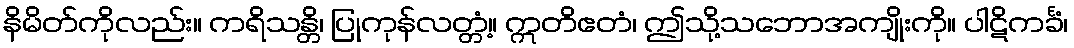
နိမိတ်ကိုလည်း။ ကရိသန္တိ၊ ပြုကုန်လတ္တံ့။ ဣတိဧတံ၊ ဤသို့သဘောအကျိုးကို။ ပါဋိကင်္ခံ၊